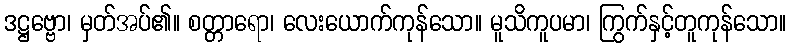
ဒဋ္ဌဗ္ဗော၊ မှတ်အပ်၏။ စတ္တာရော၊ လေးယောက်ကုန်သော။ မူသိကူပမာ၊ ကြွက်နှင့်တူကုန်သော။